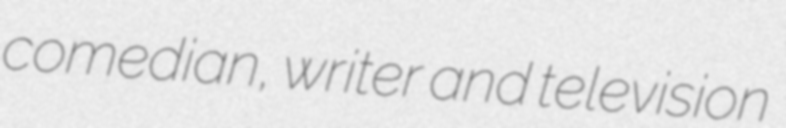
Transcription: comedian, writer and television